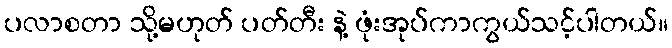
ပလာစတာ သို့မဟုတ် ပတ်တီး နဲ့ ဖုံးအုပ်ကာကွယ်သင့်ပါတယ်။